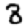
Digit: 8